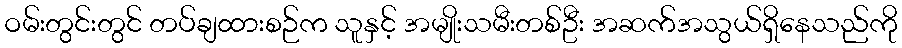
ဝမ်းတွင်းတွင် တပ်ချထားစဉ်က သူနှင့် အမျိုးသမီးတစ်ဦး အဆက်အသွယ်ရှိနေသည်ကို